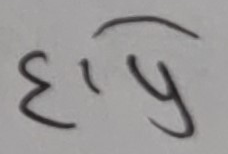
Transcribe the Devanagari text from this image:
दयि